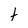
Character: t